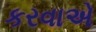
કરવાએ